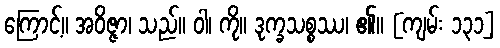
ကြောင့်။ အဝိဇ္ဇာ၊ သည်။ ဝါ၊ ကို။ ဒုက္ခသစ္စဿ၊ ၏။ [ကျမ်း ၁၃၁]